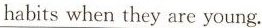
habits when they are young.